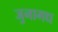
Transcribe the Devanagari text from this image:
जुनागध